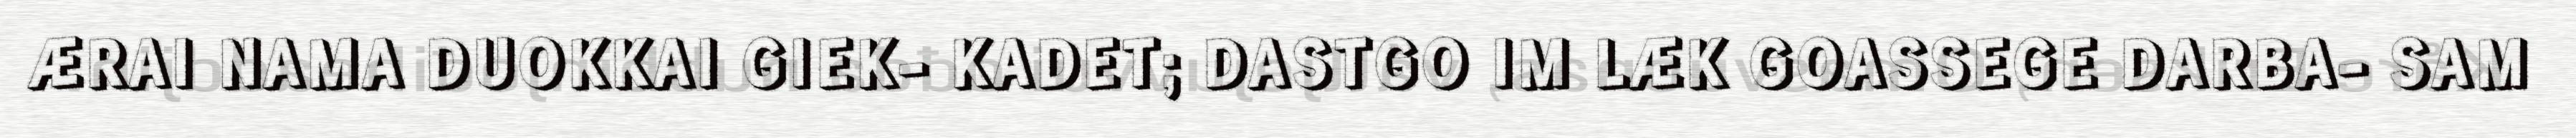
ÆRAI NAMA DUOKKAI GIEK- KADET; DASTGO IM LÆK GOASSEGE DARBA- SAM